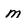
Character: m